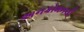
અનકોમનલી